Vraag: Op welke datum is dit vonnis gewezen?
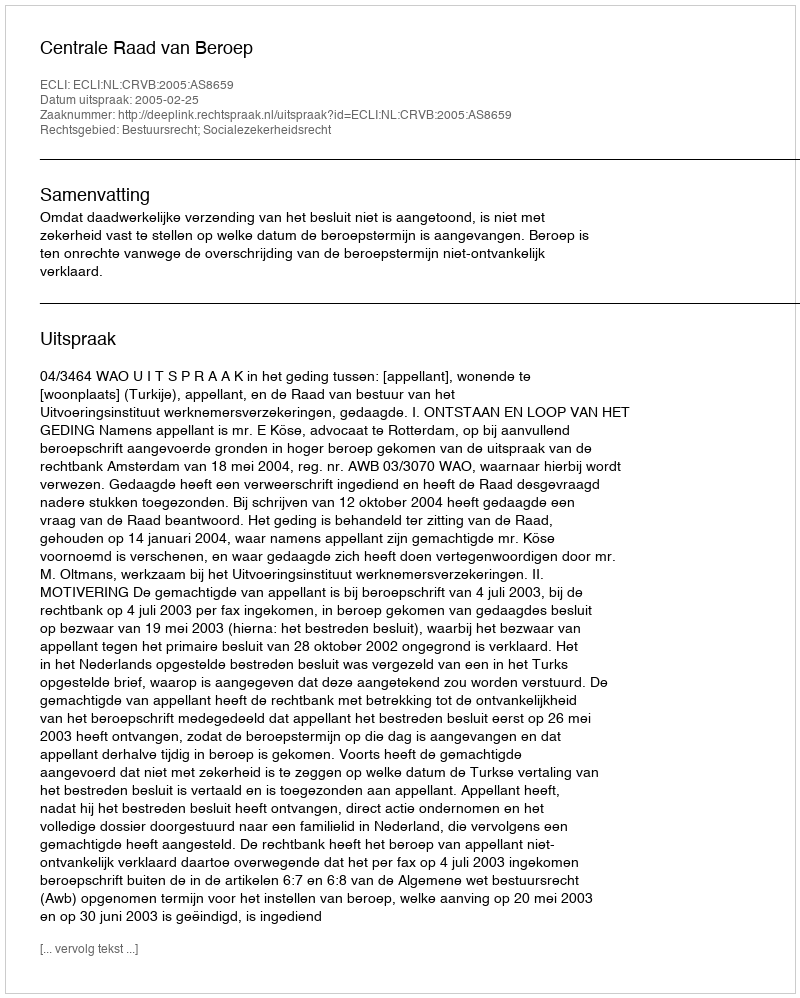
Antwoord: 2005-02-25